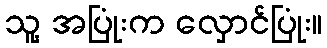
သူ့ အပြုံးက လှောင်ပြုံး။